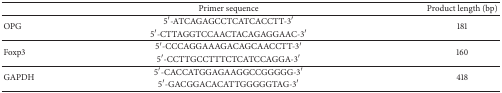
<table><thead><tr><td><b> </b></td><td><b>Primer sequence</b></td><td><b>Product length (bp)</b></td></tr></thead><tbody><tr><td rowspan="2">OPG</td><td>5′-ATCAGAGCCTCATCACCTT-3′</td><td rowspan="2">181</td></tr><tr><td>5′-CTTAGGTCCAACTACAGAGGAAC-3′</td></tr><tr><td rowspan="2">Foxp3</td><td>5′-CCCAGGAAAGACAGCAACCTT-3′</td><td rowspan="2">160</td></tr><tr><td>5′-CCTTGCCTTTCTCATCCAGGA-3′</td></tr><tr><td rowspan="2">GAPDH</td><td>5′-CACCATGGAGAAGGCCGGGGG-3′</td><td rowspan="2">418</td></tr><tr><td>5′-GACGGACACATTGGGGGTAG-3′</td></tr></tbody></table>